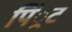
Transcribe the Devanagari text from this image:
पिं्रट